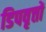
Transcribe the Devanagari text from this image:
डिपवृत्तों